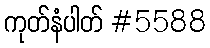
ကုတ်နံပါတ် #5588